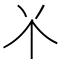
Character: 𫢊